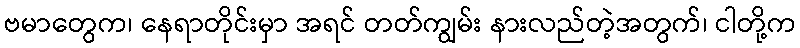
ဗမာတွေက၊ နေရာတိုင်းမှာ အရင် တတ်ကျွမ်း နားလည်တဲ့အတွက်၊ ငါတို့က